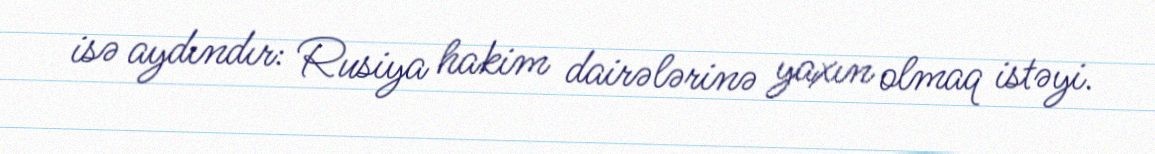
isə aydındır: Rusiya hakim dairələrinə yaxın olmaq istəyi.